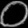
Digit: ၀